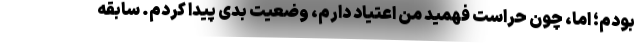
بودم؛ اما، چون حراست فهمید من اعتیاد دارم، وضعیت بدی پیدا کردم. سابقه